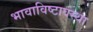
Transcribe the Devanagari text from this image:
भावाविष्टावस्था